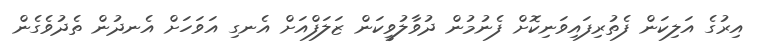
އިރުގެ އަލިކަން ފެތުރިފައިވަނިކޮށް ފެނުމުން ދުވާލުވީކަން ޒަލަފްއަށް އެނގި އަވަހަށް އެނދުން ތެދުވެގެން